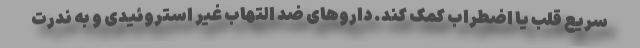
سریع قلب یا اضطراب کمک کند. داروهای ضد التهاب غیر استروئیدی و به ندرت